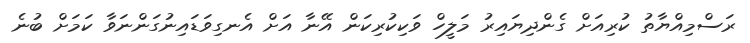
ރަސްމިއްޔާތު ކުރިއަށް ގެންދިޔައިރު މަލީހް ވަކިކުރިކަން އޭނާ އަށް އެނގިވަޑައިނުގަންނަވާ ކަމަށް ބުނެ